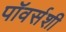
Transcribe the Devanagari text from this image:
पॉवर्सशी